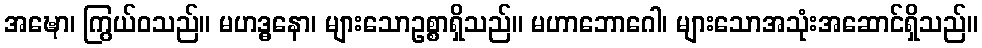
အဍ္ဎော၊ ကြွယ်ဝသည်။ မဟဒ္ဓနော၊ များသောဥစ္စာရှိသည်။ မဟာဘောဂေါ၊ များသောအသုံးအဆောင်ရှိသည်။